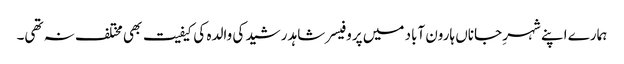
ہمارے اپنے شہرِ جاناں ہارون آباد میں پروفیسر شاہد رشید کی والدہ کی کیفیت بھی مختلف نہ تھی۔